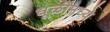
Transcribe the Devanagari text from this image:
धूळीमध्ये